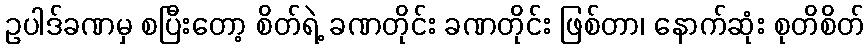
ဥပါဒ်ခဏမှ စပြီးတော့ စိတ်ရဲ့ ခဏတိုင်း ခဏတိုင်း ဖြစ်တာ၊ နောက်ဆုံး စုတိစိတ်